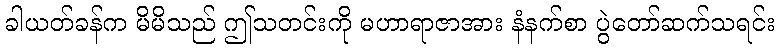
ခါယတ်ခန်က မိမိသည် ဤသတင်းကို မဟာရာဇာအား နံနက်စာ ပွဲတော်ဆက်သရင်း